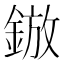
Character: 𮢓